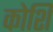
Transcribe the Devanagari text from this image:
कोशि